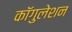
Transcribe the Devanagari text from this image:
कॉगुलेशन